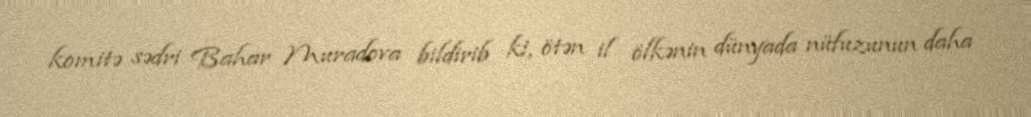
komitə sədri Bahar Muradova bildirib ki, ötən il ölkənin dünyada nüfuzunun daha